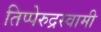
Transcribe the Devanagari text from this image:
तिप्पेरुद्रस्वामी